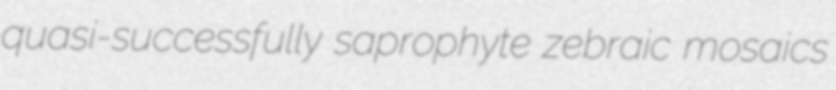
quasi-successfully saprophyte zebraic mosaics